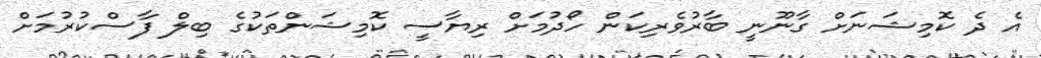
އެ ދެ ކޮމިޝަނަށް ގާނޫނީ ބާރުވެރިކަން ހޯދުމަށް ރިޔާސީ ކޮމިޝަންތަކުގެ ބިލް ފާސްކުރުމަަށް